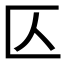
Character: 𠤭